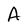
Character: A